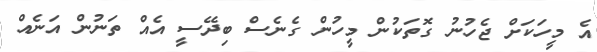
އެ މީހަކަށް ޖެހުނު ގޮތަކުން މީހުން ގެނެސް ބިދޭސީ އެއް ތަނުން އަނެއް